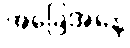
အခြေအနေ